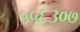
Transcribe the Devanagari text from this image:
५५६३०७